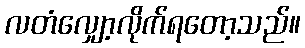
လတံလျှော့လိုက်ရတော့သည်။